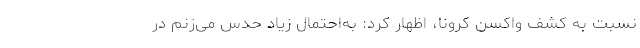
نسبت به کشف واکسن کرونا، اظهار کرد: به‌احتمال‌ زیاد حدس می‌زنم در